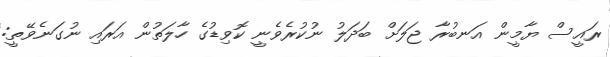
ރައީސް ޔާމީން އަނބުރާ ޖަލަށް ބަދަލު ނުކުރެވެނީ ކޮވިޑުގެ ހާލަތުން އަރައި ނުގަނެވޭތީ: